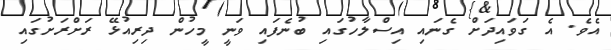
އެވެ. އެ ގަވައިދަށް ގެނައި އިސްލާހުގައި ބުނެފައި ވަނީ މީހުން ދިރިއުޅޭ ރަށްރަށުގައި